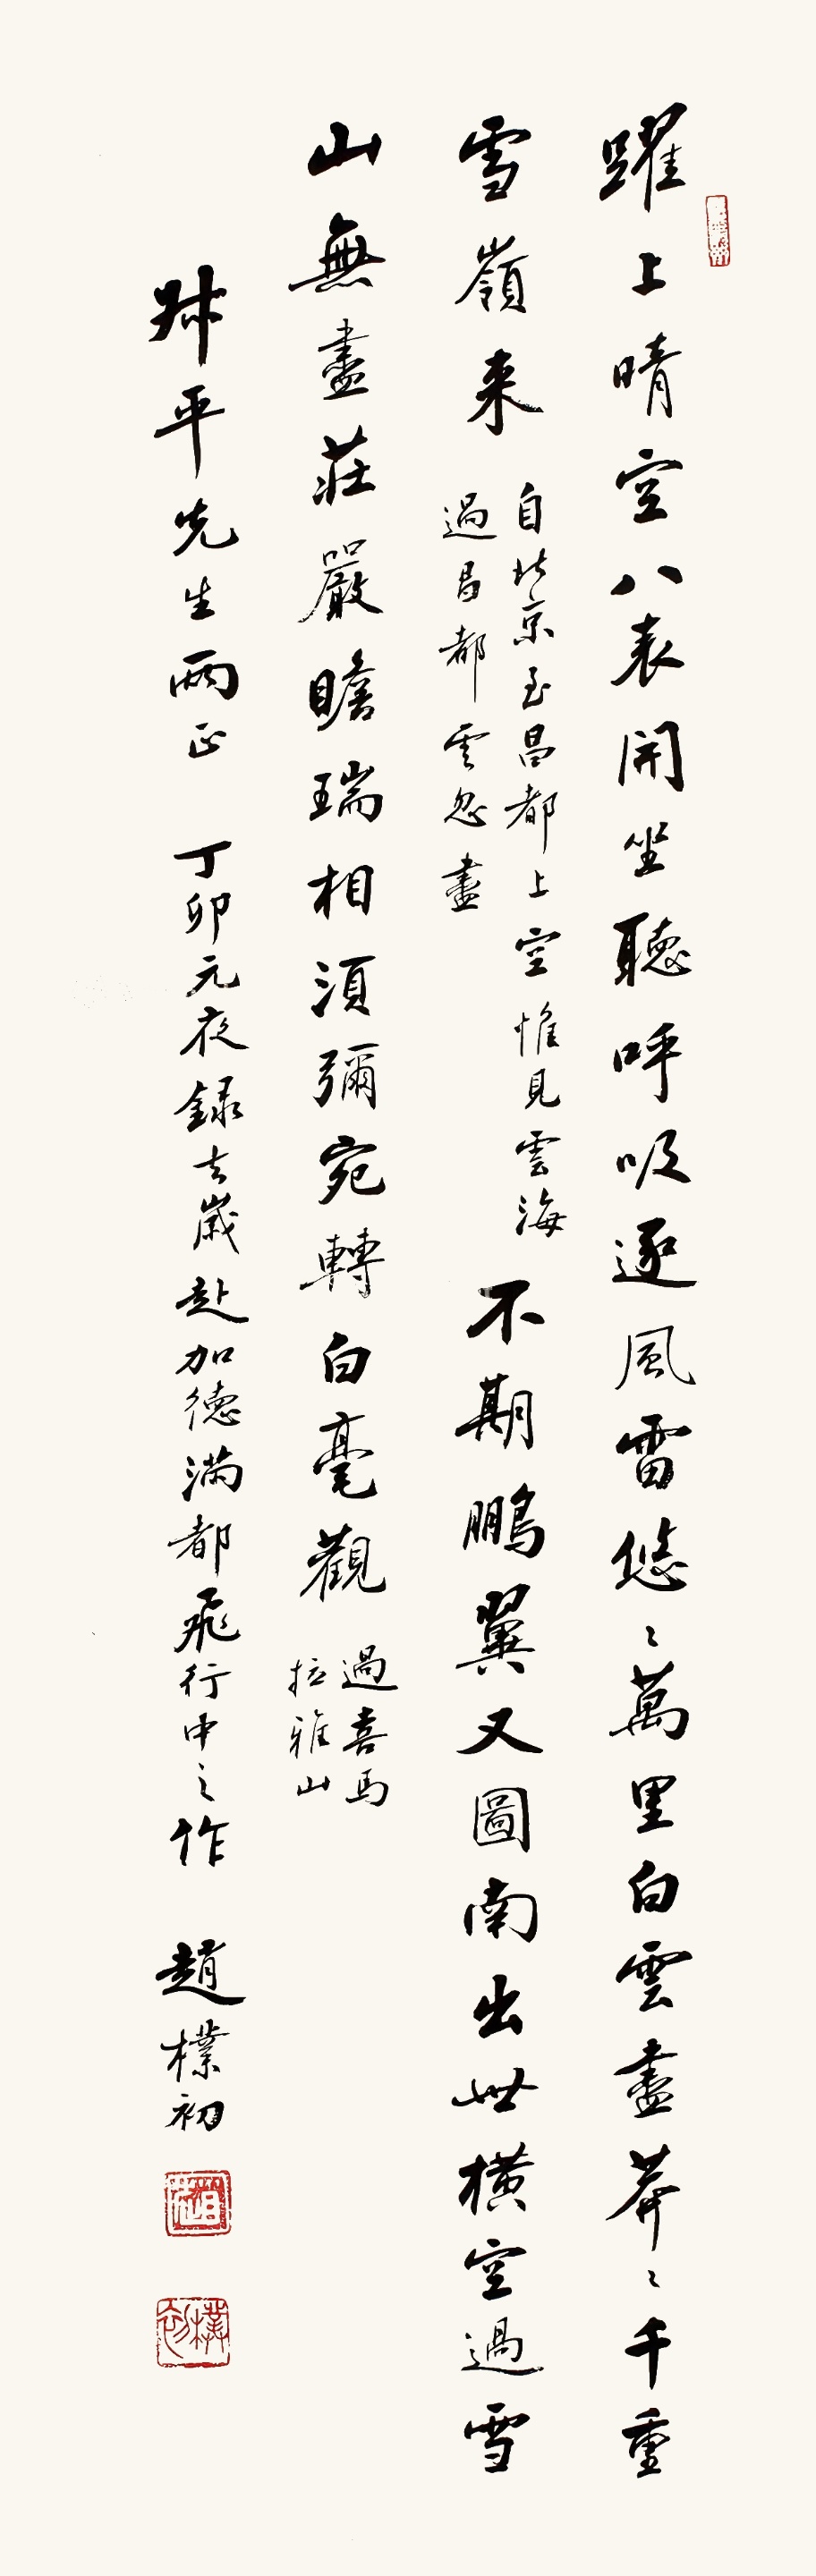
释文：跃上晴空八表开，坐听呼吸逐风雷。悠悠万里白云尽，莽莽千重雪岭来。自北京至昌都上空，惟见云海，过昌都，云忽尽。不期鹏翼又图南，出世横空过雪山，无尽庄严瞻瑞相，须弥宛转白毫观。过喜马拉雅山。叔平先生两正，丁卯元夜录去岁赴加德满都飞行中之作，赵朴初。